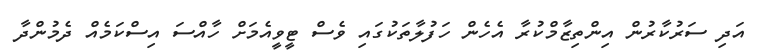
އަދި ސަރުކާރުން އިންތިޒާމްކުރާ އެހެން ހަފުލާތަކުގައި ވެސް ޓީވީއެމަށް ހާއްސަ އިސްކަމެއް ދެމުންދާ